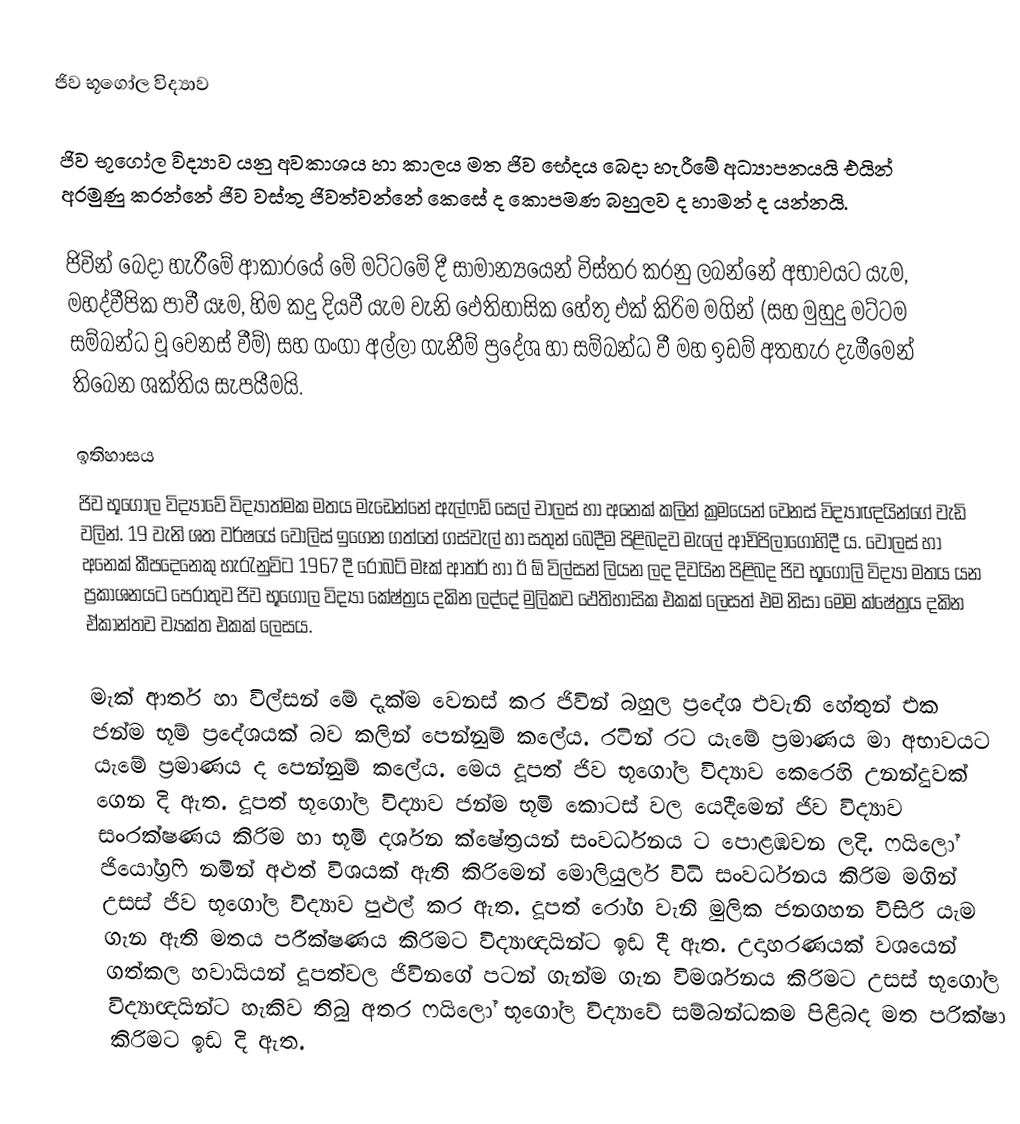
ජිව භූගෝල විද්‍යාව

ජිව භූගෝල විද්‍යාව යනු අවකාශය හා කාලය මත ජිව භේදය බෙදා හැරීමේ අධ්‍යාපනයයි එයින් අරමුණු කරන්නේ ජිව වස්තු ජිවත්වන්නේ කෙසේ ද කොපමණ බහුලව  ද හාමන් ද යන්නයි.

ජිවින් බෙදා හැරීමේ ආකාරයේ මේ මට්ටමේ දී සාමාන්‍යයෙන් විස්තර කරනු ලබන්නේ අභාවයට යැම, මහද්වීපික  පාවී යෑම, හිම කදු දියවී යැම වැනි ‍ඵෙතිහාසික හේතු එක් කිරිම මගින් (සහ මුහුදු  මට්ටම සම්බන්ධ වූ වෙනස් වීම්) සහ ගංගා අල්ලා ගැනීම් ප්‍රදේශ හා සම්බන්ධ වී මහ ඉඩම් අතහැර දැමීමෙන් තිබෙන ශක්තිය සැපයීමයි.

ඉතිහාසය
ජිව භූගෝල විද්‍යාවේ විද්‍යාත්මක මතය මැඩෙන්නේ ඇල්ෆඩ් සෙල් චාලස් හා අනෙක් කලින් ක්‍රම‍යෙන් වෙනස්  විද්‍යාඥයින්ගේ වැඩි වලින්. 19 වැනි ශත වර්ෂයේ වොලිස්  ඉ‍ගෙන ගත්තේ ගස්වැල්  හා සතුන් බෙදීම පිළිබදව මැලේ ආචිපිලාගොහිදී ය. වොලස් හා අනෙක් කීපදෙනෙකු හැරැනුවිට 1967 දී රොබට් මෑක් ආතර් හා ඊ ඕ විල්සන් ලියන ලද දිවයින පිළිබද ජිව භූගෝලි විද්‍යා මතය යන ප්‍රකාශනයට  පෙරාතුව ජිව භූගෝල විද්‍යා කේෂ්ත්‍රය  දකින ලද්දේ මුලිකව ඵෙතිහාසික එකක් ලෙසත් එම නිසා මෙම ක්ෂේත්‍රය දකින ඒකාන්තව ව්‍යක්ත එකක් ලෙසය.

මැක් ආතර් හා විල්සන් මේ දැක්ම වෙනස් කර ජිවින් බහුල ප්‍රදේශ එවැනි හේතුන් එක ජන්ම භූම් ප්‍රදේශයක් බව කලින් පෙන්නුම් කලේය. රටින් රට යෑමේ ප්‍රමාණය මා අභාවයට යැමේ ප්‍රමාණය ද පෙන්නුම් කලේය. මෙය දූපත් ජිව  භූගෝල විද්‍යාව කෙරෙහි උනන්දුවක් ගෙන දි ඇත.  දූපත් භූගෝල විද්‍යාව ජන්ම භූමි කොටස් වල යෙදීමෙන් ජිව විද්‍යාව සංරක්ෂණය කිරිම හා භූමි දර්ශන ක්ෂේත්‍රයන් සංවර්ධනය ට පොළඹවන  ලදි.  ෆයිලෝ ජියෝග්‍රෆි නමින් අළුත් විශයක් ඇති කිරිමෙන් මොලියුලර් විධි සංවර්ධනය කිරිම මගින් උසස් ජිව භූගෝල  විද්‍යාව පුළුල් කර ඇත. දූපත් රෝග වැනි මුලික ජනගහන විසිරි යැම ගැන ඇති මතය පරීක්ෂණය කිරිමට විද්‍යාඥයින්ට ඉඩ දී ඇත. උදාහරණයක් වශයෙන් ගත්කල හවායියන් දූපත්වල ජිවිනගේ පටන් ගැන්ම ගැන විමර්ශනය කිරිමට උසස් භූගෝල විද්‍යාඥයින්ට හැකිව තිබු අතර ෆයිලෝ භූගෝල විද්‍යාවේ සම්බන්ධකම පිළිබද මත පරික්ෂා කිරිමට ඉඩ දි ඇත.